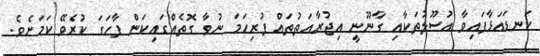
ކަނޑައަޅާފައިވާ އުސޫލުތަކާއި ގާނޫނީ އިޖުރާއަތުތައް ފުރިހަމަ ނުވާ ގޮތެއްގައިކަން ފާހަގަ ކުރެވޭ ކަމަށެވެ.